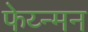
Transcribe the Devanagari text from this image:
फेय्न्मन